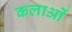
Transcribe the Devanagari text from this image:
कलाओें